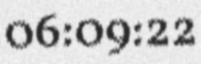
06:09:22